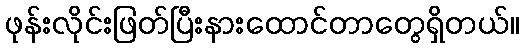
ဖုန်းလိုင်းဖြတ်ပြီးနားထောင်တာတွေရှိတယ်။